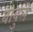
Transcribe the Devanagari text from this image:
बाबुले